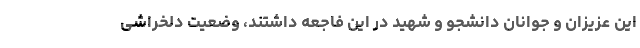
این عزیزان و جوانان دانشجو و شهید در این فاجعه داشتند، وضعیت دلخراشی